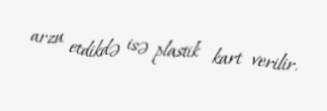
arzu etdikdə isə plastik kart verilir.